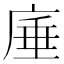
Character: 𭙣